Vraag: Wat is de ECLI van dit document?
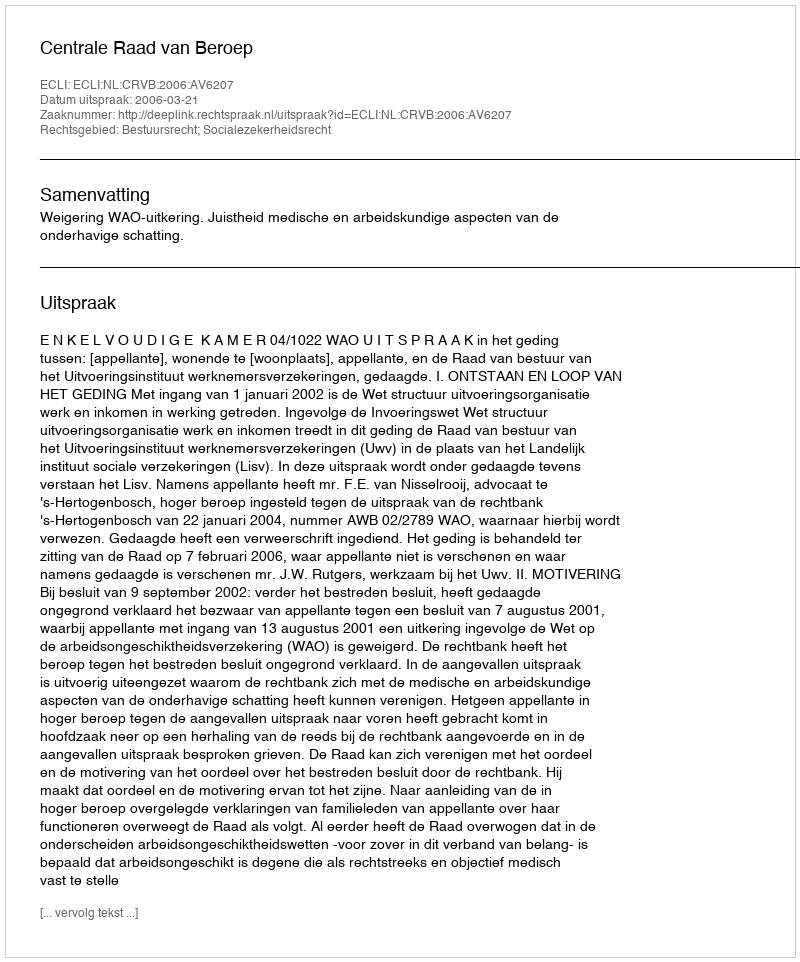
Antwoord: ECLI:NL:CRVB:2006:AV6207